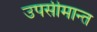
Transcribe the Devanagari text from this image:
उपसीमान्त